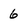
Character: 6